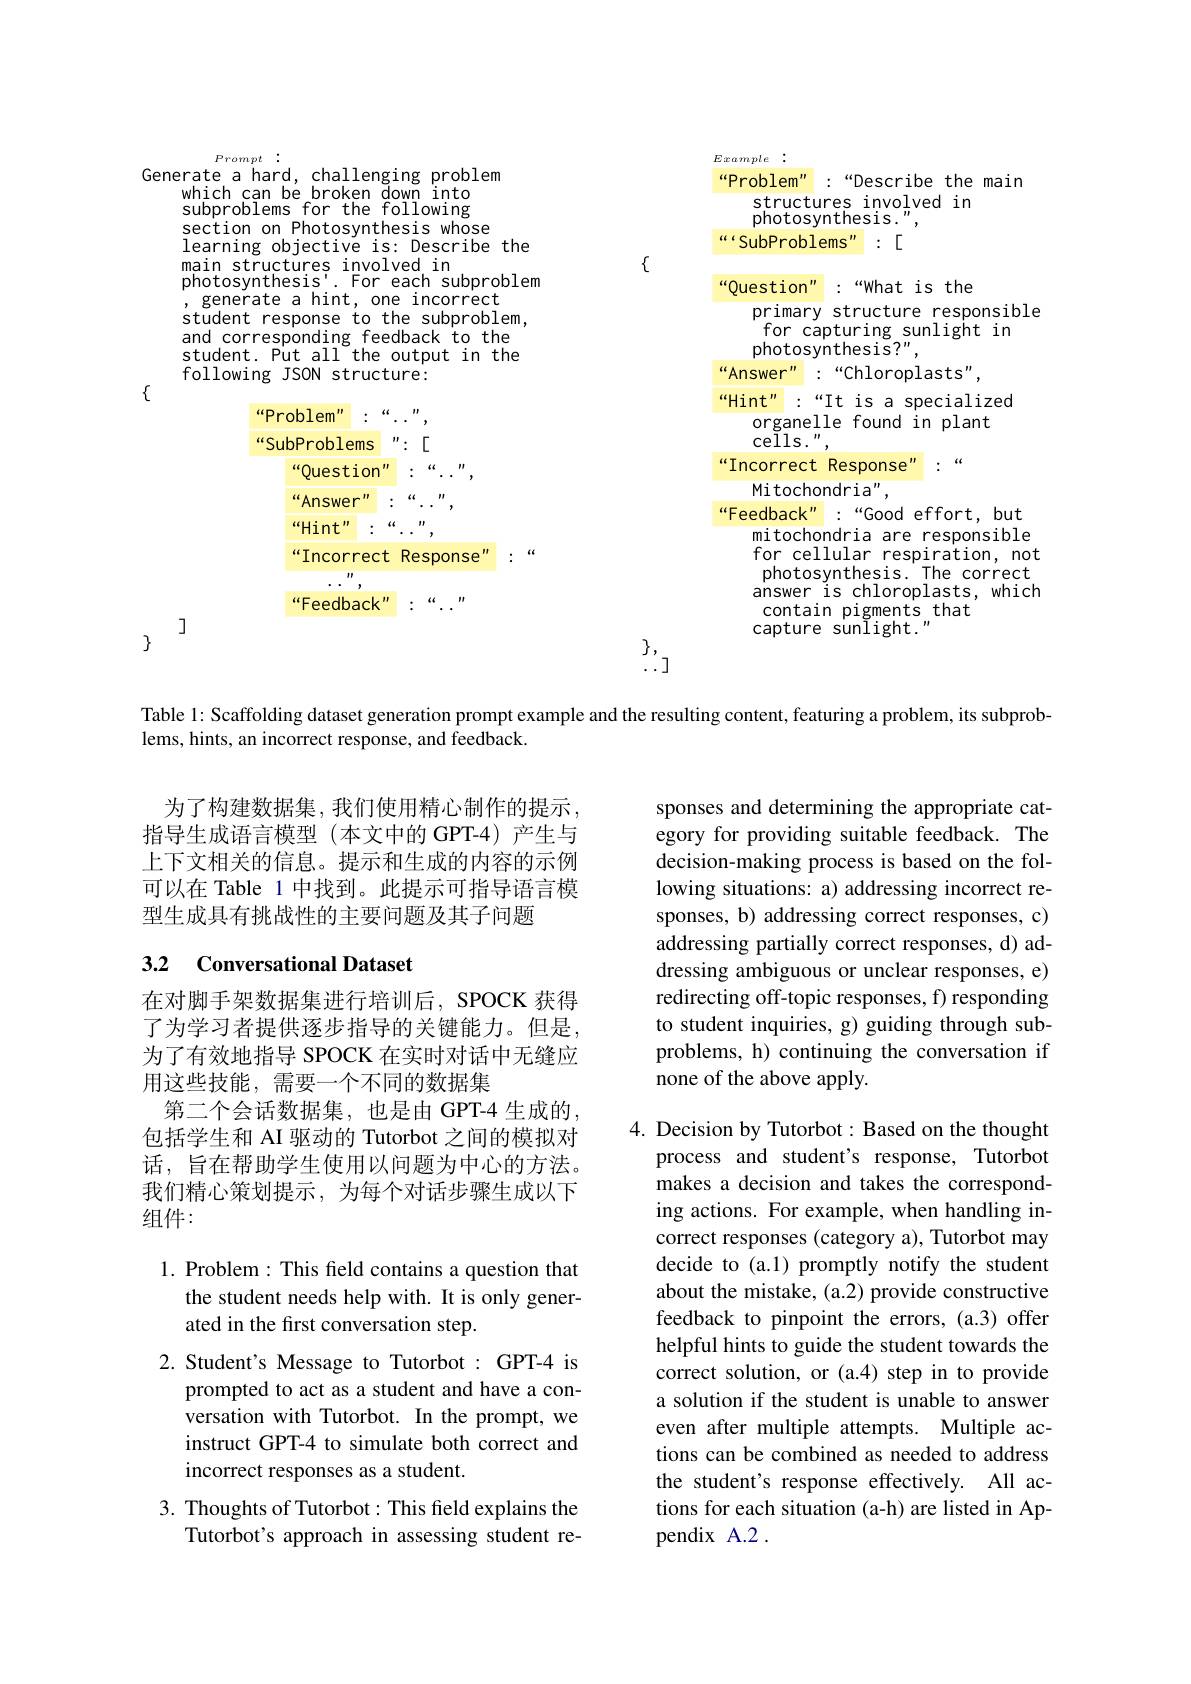
$\{$

$Prompt:$
Generate a hard, challenging problem
which can be broken down into subproblems for the following section on Photosynthesis whose
learning objectivë is: Describe the
main structures involved in
photosynthesis'. For each subproblem
,generate a hint, one incorrect
student response to the subproblem, and corresponding feedback to the student. Put all the output in the following JSON structure:

$Example:$
“Problem”:“Describe the main
structures involved in
photosynthesis.", $“‘‘‘‘‘‘‘‘[$ “Question" :“what is the
primary structure responsible
for capturing sunlight in
photosynthesis?",
“Answer” :“Chloroplasts"
“Hint" :“It is a specialized
organelle found in plant
${\mathrm{cells.}}^{\prime\prime}$,
$^{“}$Incorrect Response”:“
Mitochondria",
$“$Feedback" :“Good effort, but
mitochondria are responsible for cellular respiration, not photosynthesis. The correct answer is chloroplasts,which contain pigments that
capture sunlight."

Table 1: Scaffolding dataset generation prompt example and the resulting content, featuring a problem, its subprob-
lems, hints, an incorrect response, and feedback.

为了构建数据集，我们使用精心制作的提示指导生成语言模型(本文中的 GPT-4)产生与上下文相关的信息。提示和生成的内容的示例可以在 Table 1 中找到。此提示可指导语言模型生成具有挑战性的主要问题及其子问题

sponses and determining the appropriate category for providing suitable feedback. The decision-making process is based on the following situations: a) addressing incorrect responses, b) addressing correct responses, c) addressing partially correct responses, d) addressing ambiguous or unclear responses, e) redirecting off-topic responses, f) responding to student inquiries, g) guiding through subproblems, h) continuing the conversation if none of the above apply.

# 3.2 Conversational Dataset

在对脚手架数据集进行培训后，SPOCK 获得了为学习者提供逐步指导的关键能力。但是， 为了有效地指导 SPOCK 在实时对话中无缝应用这些技能，需要一个不同的数据集
第二个会话数据集，也是由 GPT-4 生成的， 包括学生和 AI 驱动的 Tutorbot 之间的模拟对话，旨在帮助学生使用以问题为中心的方法。我们精心策划提示，为每个对话步骤生成以下组件：

4. Decision by Tutorbot: Based on the thought
process and student's response, Tutorbot makes a decision and takes the corresponding actions. For example, when handling incorrect responses (category a), Tutorbot may decide to (a.1) promptly notify the student about the mistake, (a.2) provide constructive feedback to pinpoint the errors, (a.3) offer helpful hints to guide the student towards the correct solution, or (a.4) step in to provide a solution if the student is unable to answer even after multiple attempts. Multiple actions can be combined as needed to address the student's response effectively. All actions for each situation (a-h) are listed in Appendix A.2 .

1. Problem : This feld contains a question that
the student needs help with. It is only gener-
ated in the first conversation step.
2. Student's Message to Tutorbot: GPT-4 is
prompted to act as a student and have a conversation with Tutorbot. In the prompt, we instruct GPT-4 to simulate both correct and incorrect responses as a student.

3. Thoughts of Tutorbot: This field explains the
Tutorbot's approach in assessing student re-